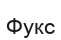
Фукс